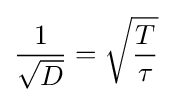
{1 \over {\sqrt {D}}}={\sqrt {T \over \tau }}